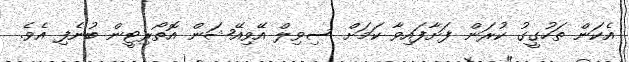
އެކަން ތަހުގީގު ކުރަން ފަށާފައިވާ ކަމަށް ސިވިލް އޭވިއޭޝަން އޮތޯރިޓީން ބުނެފި އެވެ.